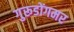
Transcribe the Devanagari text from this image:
गुरूडोंगमर